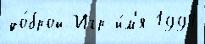
до́брой Игр и́м'я 1994